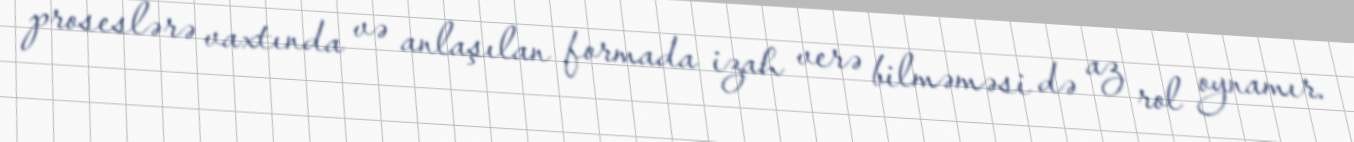
proseslərə vaxtında və anlaşılan formada izah verə bilməməsi də az rol oynamır.